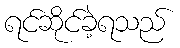
ရင်ဆိုင်ခဲ့ရသည်